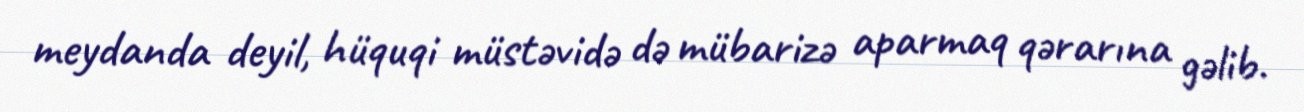
meydanda deyil, hüquqi müstəvidə də mübarizə aparmaq qərarına gəlib.